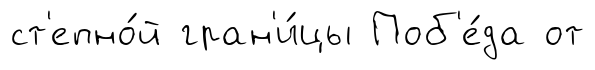
ст'епно́й гран'и́цы Поб'е́да от